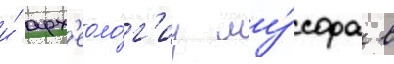
и́ арх'еоло́г'иу му́сора в